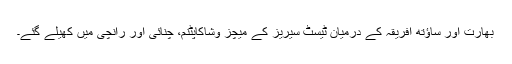
بھارت اور ساؤتھ افریقہ کے درمیان ٹیسٹ سیریز کے میچز وشاکاپٹنم، چنائی اور رانچی میں کھیلے گئے۔